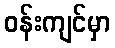
ဝန်းကျင်မှာ